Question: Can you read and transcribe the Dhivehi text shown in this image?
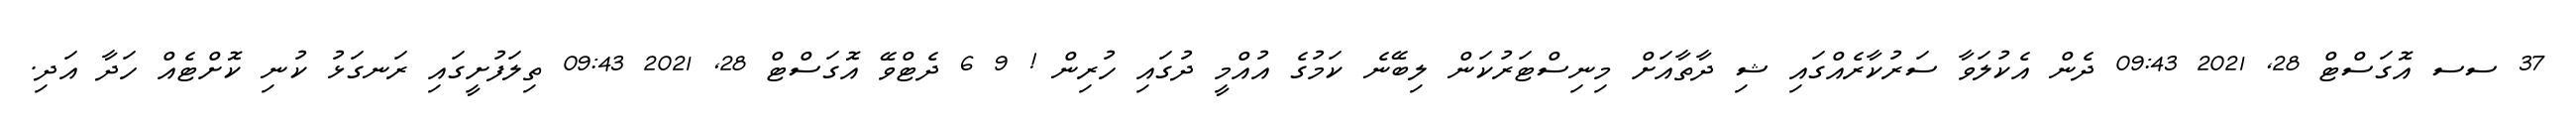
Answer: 37 ސސ އޮގަސްޓް 28, 2021 09:43 ދެން އެކުލަވާ ސަރުކާރެއްގައި ޝި ދާތާއަށް މިނިސްޓަރުކަން ލިބޭނެ ކަމުގެ އުއްމީ ދުގައި ހުރިން ! 9 6 ދެޓްވޭ އޮގަސްޓް 28, 2021 09:43 ތިލަފުށީގައި ރަނގަޅު ކުނި ކޮށްޓެއް ހަދާ އަދި.